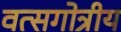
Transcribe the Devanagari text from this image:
वत्सगोत्रीय